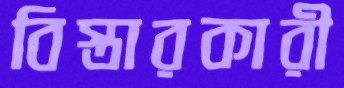
বিস্তারকারী